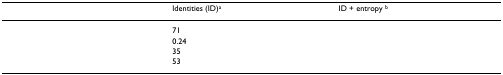
<table><thead><tr><td>[EMPTY_CELL]</td><td><b>Identities (ID)<sup>a</sup></b></td><td><b>ID + entropy <sup>b</sup></b></td></tr></thead><tbody><tr><td>[EMPTY_CELL]</td><td>71</td><td>[EMPTY_CELL]</td></tr><tr><td>[EMPTY_CELL]</td><td>0.24</td><td>[EMPTY_CELL]</td></tr><tr><td>[EMPTY_CELL]</td><td>35</td><td>[EMPTY_CELL]</td></tr><tr><td>[EMPTY_CELL]</td><td>53</td><td>[EMPTY_CELL]</td></tr></tbody></table>